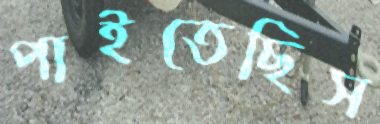
পাইতেছিস